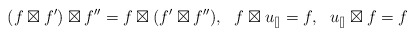
\begin{align*} (f\boxtimes f')\boxtimes f''= f\boxtimes (f'\boxtimes f''),\ \ f\boxtimes u_{[]}=f, \ \ u_{[]}\boxtimes f=f\end{align*}